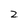
Character: 2